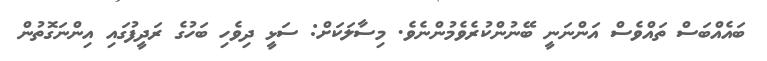
ބައެއްބަސް ތައްވެސް އަންނަނީ ބޭނުންކުރެވެމުންނެވެ. މިސާލަކަށް: ސަޅީ ދިވެހި ބަހުގެ ރަދީފުގައި އިންނަގޮތުން